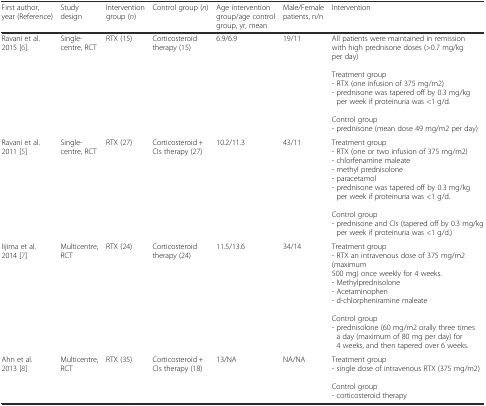
| First author, year (Reference) | Study design | Intervention group (n) | Control group (n) | Age intervention group/age control group, yr, mean | Male/Female patients, n/n | Intervention |
 | --- | --- | --- | --- | --- | --- | --- |
 | Ravani et al. 2015 [6]. | Single-centre, RCT | RTX (15) | Corticosteroid therapy (15) | 6.9/6.9 | 19/11 | All patients were maintained in remission with high prednisone doses (>0.7 mg/kg per day) Treatment group- RTX (one infusion of 375 mg/m2)- prednisone was tapered off by 0.3 mg/kg per week if proteinuria was <1 g/d. Control group- prednisone (mean dose 49 mg/m2 per day) |
 | Ravani et al. 2011 [5] | Single-centre, RCT | RTX (27) | Corticosteroid + CIs therapy (27) | 10.2/11.3 | 43/11 | Treatment group- RTX (one or two infusion of 375 mg/m2)- chlorfenamine maleate- methyl prednisolone- paracetamol- prednisone was tapered off by 0.3 mg/kg per week if proteinuria was <1 g/d. Control group- prednisone and CIs (tapered off by 0.3 mg/kg per week if proteinuria was <1 g/d.) |
 | Iijima et al. 2014 [7] | Multicentre, RCT | RTX (24) | Corticosteroid therapy (24) | 11.5/13.6 | 34/14 | Treatment group- RTX an intravenous dose of 375 mg/m2 (maximum500 mg) once weekly for 4 weeks.- Methylprednisolone- Acetaminophen- d-chlorpheniramine maleate Control group- prednisolone (60 mg/m2 orally three times a day (maximum of 80 mg per day) for 4 weeks, and then tapered over 6 weeks. |
 | Ahn et al. 2013 [8] | Multicentre, RCT | RTX (35) | Corticosteroid + CIs therapy (18) | 13/NA | NA/NA | Treatment group- single dose of intravenous RTX (375 mg/m2)Control group- corticosteroid therapy |